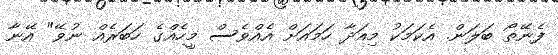
ފެނޭތޯ ބަލަން. އެކަމަކު މިއަދާ ހަމައަށް އެއްވެސް މީހެއްގެ ހަބަރެއް ނުވޭ" އޭނާ